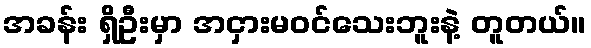
အခန်း ရှိဦးမှာ အငှားမဝင်သေးဘူးနဲ့ တူတယ်။